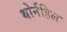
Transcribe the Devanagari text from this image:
थोर्नहिल